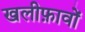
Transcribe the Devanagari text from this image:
खलीफ़ावों